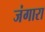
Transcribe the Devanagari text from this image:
जंगारा